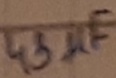
Text: 43µF